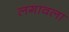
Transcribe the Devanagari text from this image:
लगावला